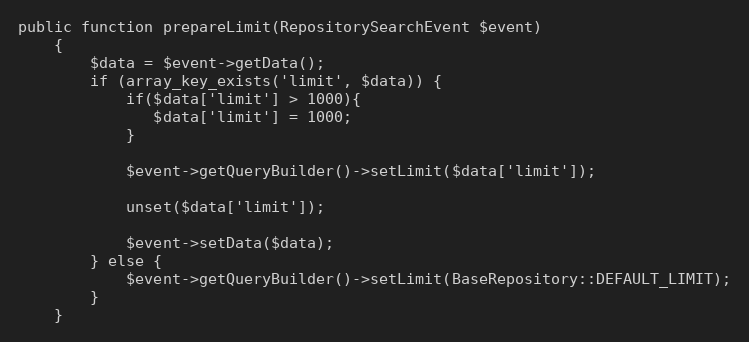
Language: PHP
public function prepareLimit(RepositorySearchEvent $event)
    {
        $data = $event->getData();
        if (array_key_exists('limit', $data)) {
            if($data['limit'] > 1000){
               $data['limit'] = 1000;
            }

            $event->getQueryBuilder()->setLimit($data['limit']);

            unset($data['limit']);

            $event->setData($data);
        } else {
            $event->getQueryBuilder()->setLimit(BaseRepository::DEFAULT_LIMIT);
        }
    }